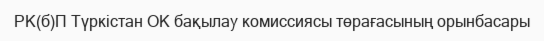
РК(б)П Түркістан ОК бақылау комиссиясы төрағасының орынбасары